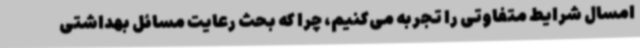
امسال شرایط متفاوتی را تجربه می‌کنیم، چرا که بحث رعایت مسائل بهداشتی